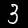
Label: 3